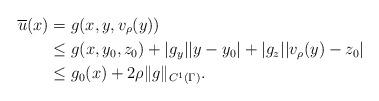
LaTeX: \begin{align*} \overline{u}(x) &= g(x,y,v_\rho(y))\\ &\leq g(x,y_0,z_0)+|g_y||y-y_0|+|g_z||v_\rho(y)-z_0|\\ &\leq g_0(x) + 2\rho\Vert g \Vert_{C^1(\Gamma)}. \end{align*}